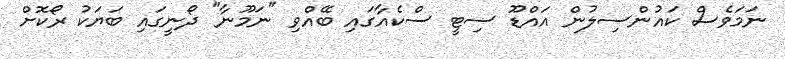
ނަމަވެސް ކައުންސިލުން އައްޑޫ ސިޓީ ސްކެއާގައި ބޭއްވި "ނަމޫނާ" ދޯނީގައި ބަޔަކު ރޯކޮށް